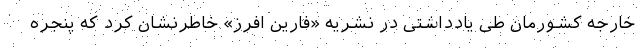
خارجه کشورمان طی یادداشتی در نشریه «فارین افرز» خاطرنشان کرد که پنجره